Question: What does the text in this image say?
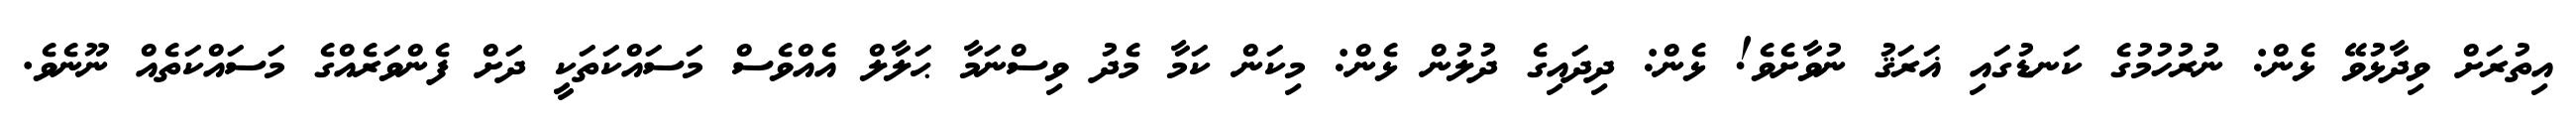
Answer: އިތުރަށް ވިދާޅުވޭ ޅެން: ނުރުހުމުގެ ކަނޑުގައި ޣަރަޤު ނުވާށެވެ! ޅެން: ދިދައިގެ ދުލުން ޅެން: މިކަން ކަމާ މެދު ވިސްނަމާ ޙަލާލް އެއްވެސް މަސައްކަތަކީ ދަށް ފެންވަރެއްގެ މަސައްކަތެއް ނޫނެވެ.